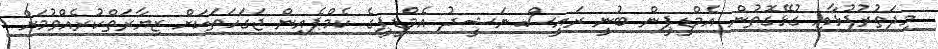
މިދަތުރުފުޅާއި ގުޅޭގޮތުން އެމްޑީޕީން ބުނީ ރައީސް ނަޝީދު އެމްޑީޕީގެ ކެމްޕެއިން ޖަގަހަތަކަށް ޒިޔާރަތްކުރެއްވުމަށް